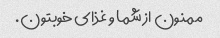
ممنون از شما و غذای خوبتون.